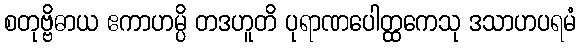
စတုဗ္ဗိဓာယ ဧကာဟမ္ပိ တဒဟူတိ ပုရာဏပေါတ္ထကေသု ဒသာဟပရမံ